Document type: Grant
Year: 1301
Scribe: Berenguer de Terrassa
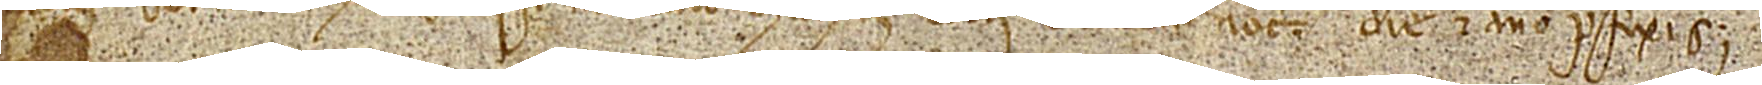
[Arn]aldus Sormat hoc scripsi mandato Michaelis Boterii, Tarracone notarii, die et anno prefixis.